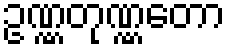
ဥဏ္ဏတုဏ္ဏတော